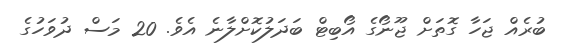
ބުރެއް ޖަހާ ގޮތަށް ޖޫނޯގެ އޯބިޓް ބަދަލުކޮށްލާނެ އެވެ. 20 މަސް ދުވަހުގެ